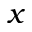
x